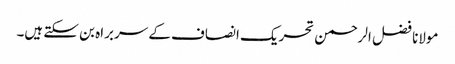
مولانا فضل الرحمن تحریک انصاف کے سربراہ بن سکتے ہیں۔